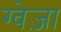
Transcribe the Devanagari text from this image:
ग्वेज़ा